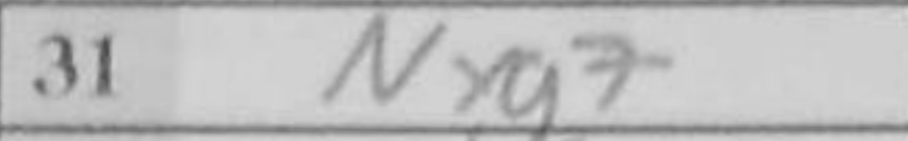
Transcription: Nxg7